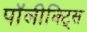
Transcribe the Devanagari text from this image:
पॉलीक्ट्सि